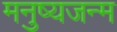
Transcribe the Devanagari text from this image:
मनुष्यजन्म